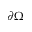
\partial \Omega